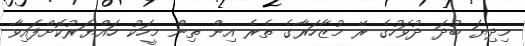
މިދިޔަ ބުދަ ދުވަހުގެ ރޭ މުޒާހަރާގެ ތެރެ އިން ތިން މީހަކު ހައްޔަރުކޮށްފައިވާ